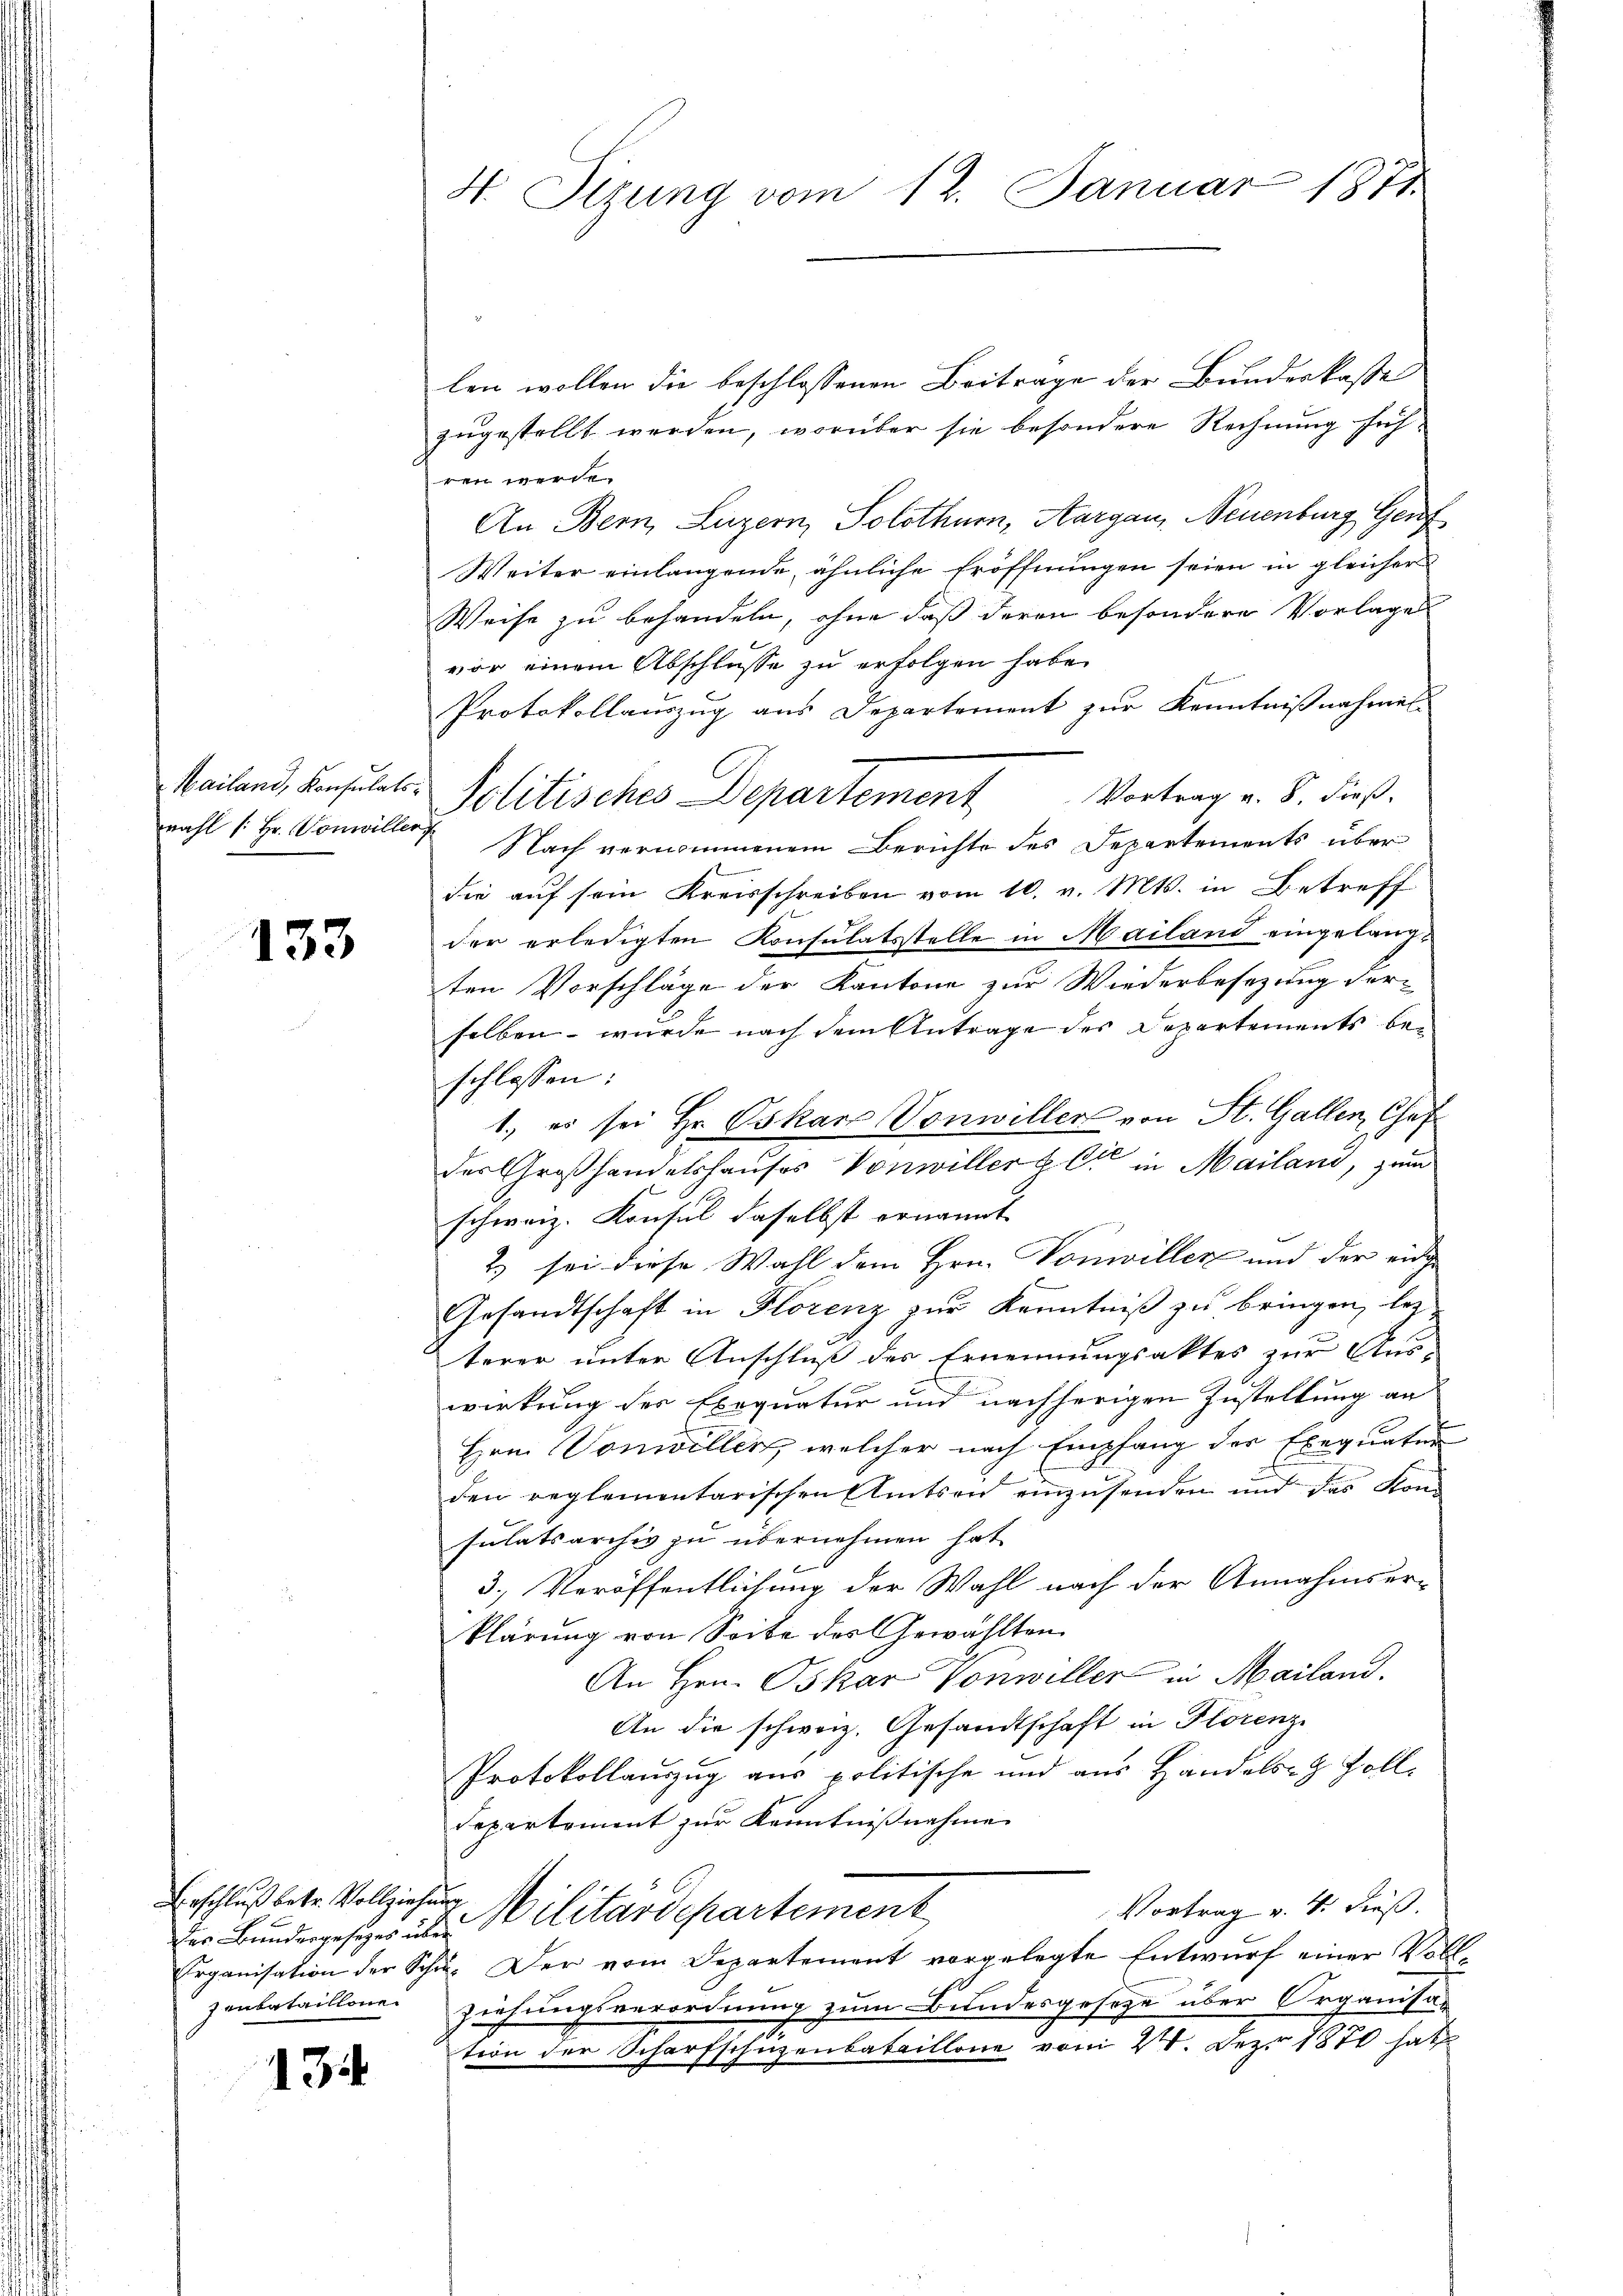
rahl (: Hr. Vonwiller

133

Der Bundergesezes über
zenbataillone

134

H. Sizung vom 12. Januar 1871.

len wollen die beschlossenen Beitrage der Bundenkaste
zugestellt werden, worüber sie besondere Rechnung höch¬
 werde
An Bern, Luzern, Solothurn, Aargau, Neuenburg Gef
Weiter einlangende, ähnliche Eröffnungen seien in gleicher
Weise zu behandeln, ohne daß deren besondere Vorlage
vor einem Abschlüsse zu erfolgen habe.
Protokollauszug aus Departement zur Kenntnißnahmen.
Mailand, Konsulats-Politisches Departement Vortrag v. 5. dieß.
Nach vernommenem Berichte des Departements über
die auf sein Kreisschreiben vom 10. v. Mts. in Betreff
der erledigten Konsulatsstelle in Mailand eingelangten Vorschläge der Kantone zur Wiederbesezung derselben – wurde nach dem Antrage des Departements beschlossen:
1., es sei Hr. Oskar Vonwiller von St. Gallen, Chef
des Großhandelshauses Vonwiller & Cie in Mailand, zum
schweiz. Konsul daselbst ernannt
2) sei diese Wahl dem Hrn. Vonwiller und der eidge
b
Gesandtschaft in Florenz zur Kenntniß zu bringen, lez
M.
terer unter Anschluß des Ernennungsaktes zur Aus-
wirkung des Exequatur und nachherigen Zustellung an
Hrn. Vonwiller, welcher nach Empfang der Exequaten
den reglementarischen Amtson einzusenden und das Kon-
sulatsarchiv zu übernehmen hat.
3.) Veröffentlichung der Wahl nach der Annahmser-
klärung von Seite des Gewählten
An Hrn. Oskar Vonwiller in Mailand.
An die schweiz. Gesandtschaft in Florenz
Protokollauszug aus politische und aus Handels- & Zoll¬
Departement zur Kenntnißnahme
Erschluß betr. Vollziehung Militärdepartement
Vortrag v. 4. dieß.
Erganisation der Schu- Der vom Departement vorgelegte Entwurf einer Vollziehungsverordnung zum Bundesgeseze über Organisa-
tion der Scharfschuzenbataillone vom 20. Dez. 1870 hat